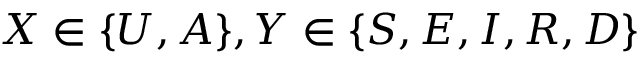
X \in \{ U , A \} , Y \in \{ S , E , I , R , D \}